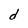
Character: d